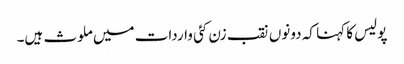
پولیس کا کہنا کہ دونوں نقب زن کئی واردات میں ملوث ہیں۔